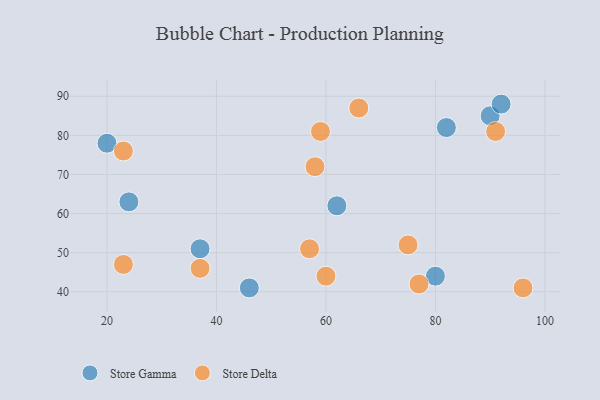
{"axis": {"x": "GDP", "y": "Life Expectancy"}, "legend": ["Store Delta", "Store Gamma"], "data": [{"x": "37", "y": 51, "type": "Store Gamma"}, {"x": "24", "y": 63, "type": "Store Gamma"}, {"x": "62", "y": 62, "type": "Store Gamma"}, {"x": "20", "y": 78, "type": "Store Gamma"}, {"x": "80", "y": 44, "type": "Store Gamma"}, {"x": "46", "y": 41, "type": "Store Gamma"}, {"x": "82", "y": 82, "type": "Store Gamma"}, {"x": "90", "y": 85, "type": "Store Gamma"}, {"x": "92", "y": 88, "type": "Store Gamma"}, {"x": "91", "y": 81, "type": "Store Delta"}, {"x": "57", "y": 51, "type": "Store Delta"}, {"x": "75", "y": 52, "type": "Store Delta"}, {"x": "23", "y": 76, "type": "Store Delta"}, {"x": "60", "y": 44, "type": "Store Delta"}, {"x": "58", "y": 72, "type": "Store Delta"}, {"x": "59", "y": 81, "type": "Store Delta"}, {"x": "37", "y": 46, "type": "Store Delta"}, {"x": "66", "y": 87, "type": "Store Delta"}, {"x": "77", "y": 42, "type": "Store Delta"}, {"x": "23", "y": 47, "type": "Store Delta"}, {"x": "96", "y": 41, "type": "Store Delta"}]}